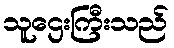
သူဌေးကြီးသည်